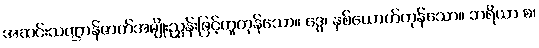
အဆင်းသဏ္ဌာန်ဇာတ်အမျိုးညွှန်းဖြင့်တူကုန်သော။ ဒွေ၊ နှစ်ယောက်ကုန်သော။ ဘရိယာ စ၊